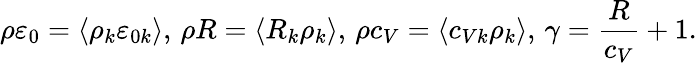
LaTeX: \left.\rho\varepsilon_{0}=\langle\rho_{k}\varepsilon_{0k}\rangle,\, \rho R=\langle R_{k}\rho_{k}\rangle,\, \rho c_{V}=\langle c_{Vk}\rho_{k}\rangle,\, \gamma=\frac{R}{c_{V}}+1.\right.